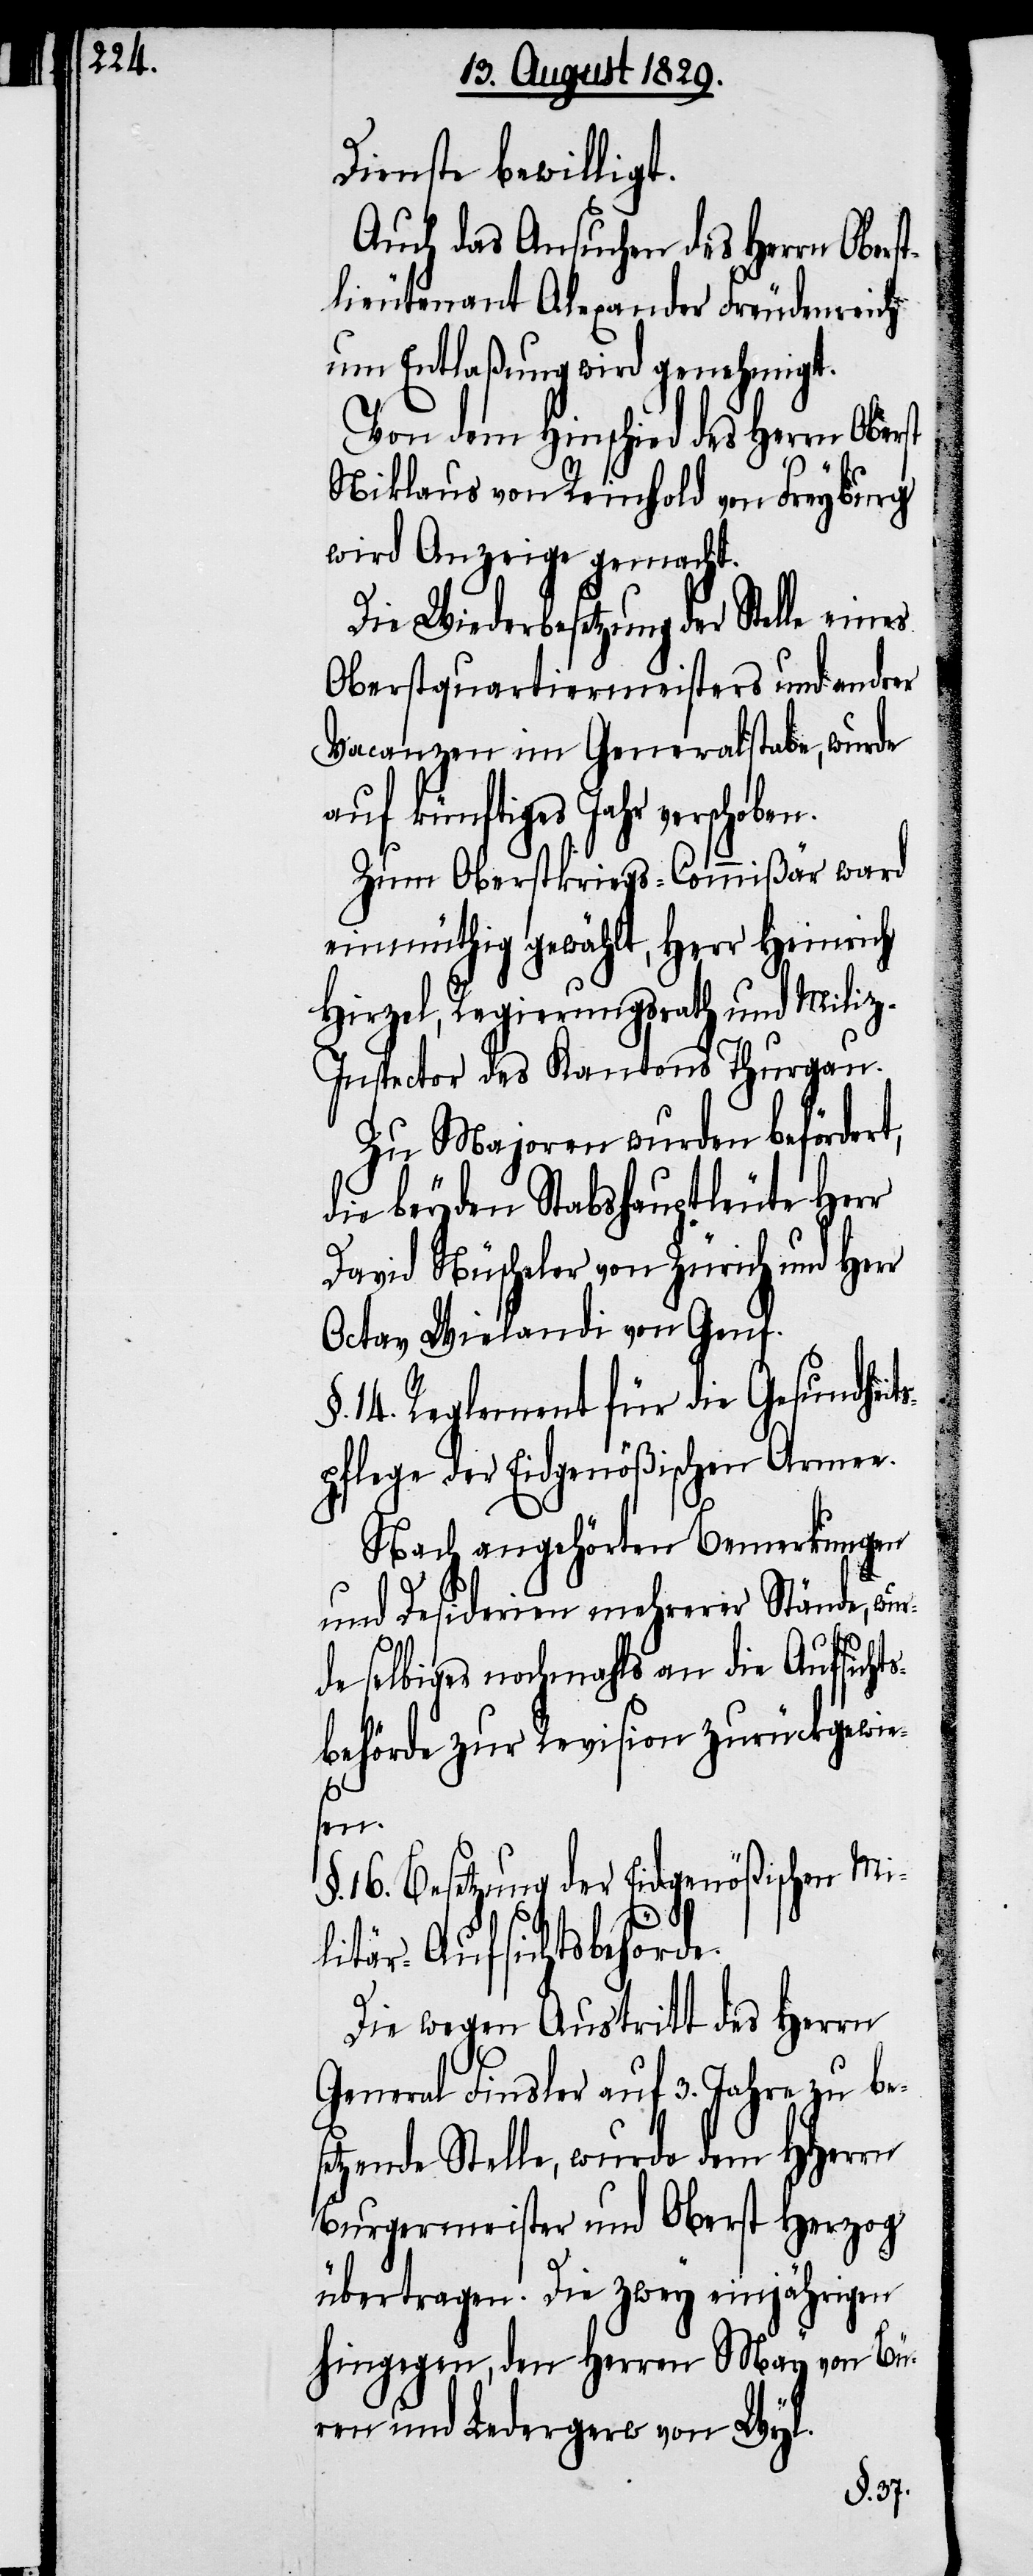
Dienste bewilligt.
Auch das Ansuchen des Herrn Obers¬
tlieutenant Alexander Freudenreich
um Entlaßung wird genehmigt.
Von dem Hinschied des Herrn Oberst
Niklaus von Reinhold von Freyburg
wird Anzeige gemacht.
Die Wiederbesetzung der Stelle eines
Oberstquartiermeisters und andrer
Vacanzen im Generalstabe, wurde
auf künftiges Jahr verschoben.
Zum Oberstkriegs-Commißär ward
einmüthig gewählt, Herr Heinrich
Hirzel, Regierungsrath und Mili¬
z-Inspector des Kantons Thurgau.
Zu Majoren wurden befördert,
die beyden Stabshauptleute Herr
David Nüscheler von Zürich und Herr
Octav Wielandi von Genf.
§. 14. Reglement für die Gesundheit¬
spflege der Eidgenößischen Arme¬
Nach angehörten Bemerkungen
und Desiderien mehrerer Stände, wur¬
de selbiges nochmahls an die Aufsichts¬
behörde zur Revision zurückgewie¬
e.
sen.
16. Besetzung der Eidgenößischen Mi¬
litär-Aufsichtsbehörde.
Die wegen Austritt des Herrn
General Finsler auf 3. Jahre zu be¬
setzende Stelle, wurde dem HHerrn
Burgermeister und Oberst Herzog
übertragen. Die zwey einjährigen
hingegen, den Herren May von Bü¬
ren und Ledergerw von Wyl.